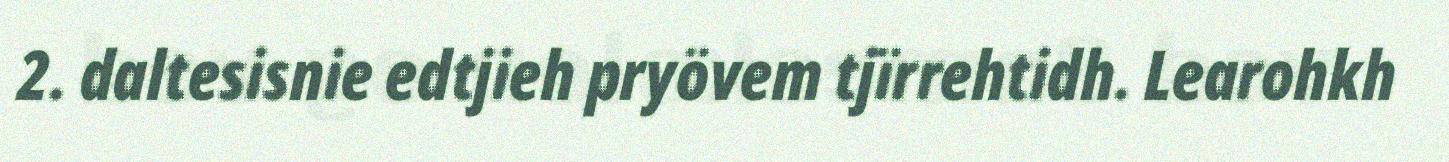
2. daltesisnie edtjieh pryövem tjïrrehtidh. Learohkh